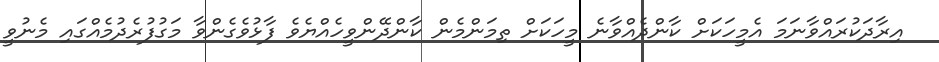
އިރާދަކުރައްވާނަމަ އެމީހަކަށް ކާންދެއްވާނެ މީހަކަށް ތިމަންމެން ކާންދޭންވީހެއްޔެވެ ފާޅުވެގެންވާ މަގުފުރެދުމެއްގައި މެނުވީ